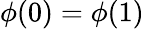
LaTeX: \phi(0)=\phi(1)